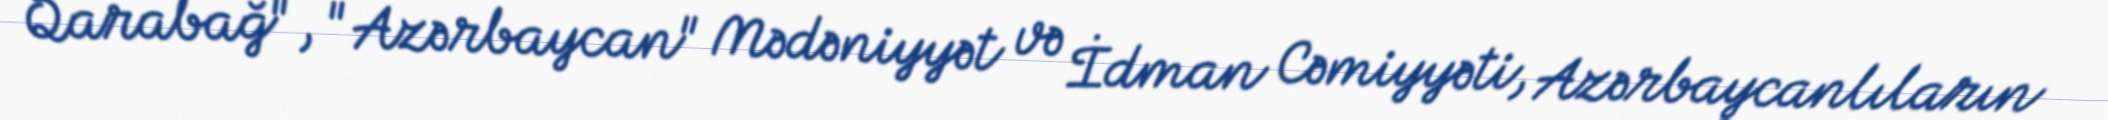
Qarabağ", "Azərbaycan" Mədəniyyət və İdman Cəmiyyəti, Azərbaycanlıların